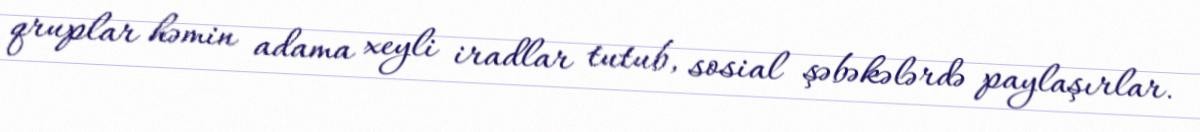
qruplar həmin adama xeyli iradlar tutub, sosial şəbəkələrdə paylaşırlar.